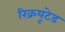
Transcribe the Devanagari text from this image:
रिक्रयूटेड